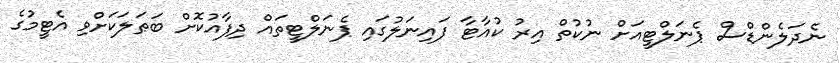
ނެދަލެންޑްސް ޕެނަލްޓީއަށް ނުކުތް އިރު ކުއާޓާ ފައިނަލުގައި ޕެނަލްޓީތައް ދިފާއުކޮށް ބަޠަލަކަށްވި އެޓީމުގެ